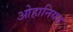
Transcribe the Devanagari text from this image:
ओहानियन